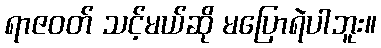
ရာဇဝတ် သင့်မယ်ဆို မပြောရဲပါဘူး။